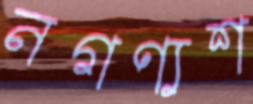
নগণ্যশ